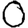
Digit: 0